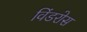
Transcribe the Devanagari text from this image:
विंडरोस